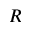
R